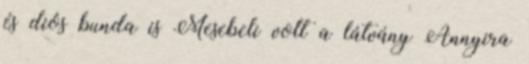
és diós bunda is Mesebeli volt a látvány Annyira